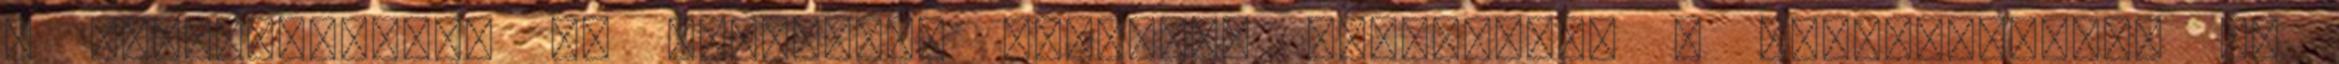
a gondolataimat az elveszett bossról. Kikerestem a koordinátákat és